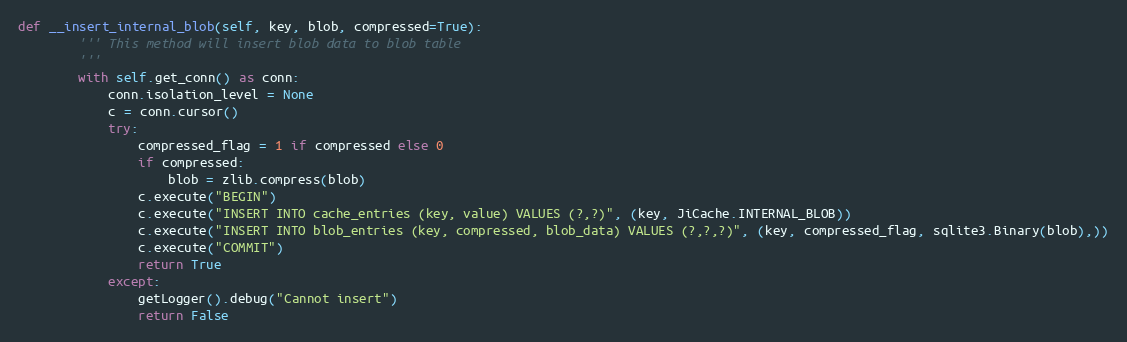
Language: Python
def __insert_internal_blob(self, key, blob, compressed=True):
        ''' This method will insert blob data to blob table
        '''
        with self.get_conn() as conn:
            conn.isolation_level = None
            c = conn.cursor()
            try:
                compressed_flag = 1 if compressed else 0
                if compressed:
                    blob = zlib.compress(blob)
                c.execute("BEGIN")
                c.execute("INSERT INTO cache_entries (key, value) VALUES (?,?)", (key, JiCache.INTERNAL_BLOB))
                c.execute("INSERT INTO blob_entries (key, compressed, blob_data) VALUES (?,?,?)", (key, compressed_flag, sqlite3.Binary(blob),))
                c.execute("COMMIT")
                return True
            except:
                getLogger().debug("Cannot insert")
                return False